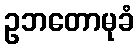
ဥဘတောမုခံ